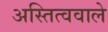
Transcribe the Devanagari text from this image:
अस्तित्ववाले